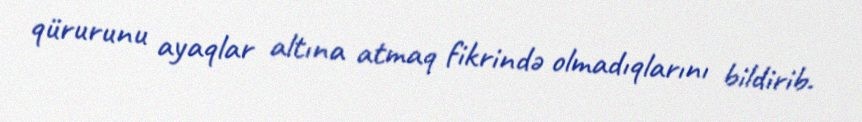
qürurunu ayaqlar altına atmaq fikrində olmadıqlarını bildirib.